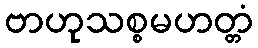
ဗာဟုသစ္စမဟတ္တံ